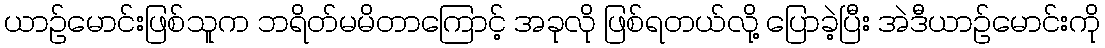
ယာဉ်မောင်းဖြစ်သူက ဘရိတ်မမိတာကြောင့် အခုလို ဖြစ်ရတယ်လို့ ပြောခဲ့ပြီး အဲဒီယာဉ်မောင်းကို